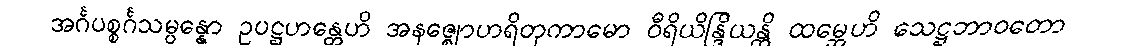
အင်္ဂပစ္စင်္ဂသမ္ပန္နော ဥပဋ္ဌဟန္တေဟိ အနဇ္ဈောဟရိတုကာမော ဝီရိယိန္ဒြိယန္တိ ထမ္ဘေဟိ သေဋ္ဌဘာဝတော